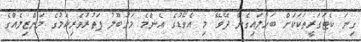
ގިނަ ކެޓަގަރީތަކަކަށް ބަހާލައިގެން ދޭވޭ މި އެވޯޑުގެ އެންމެ މަގުބޫލު ފަތުރުވެރިކަމުގެ މަންޒިލެއްގެ